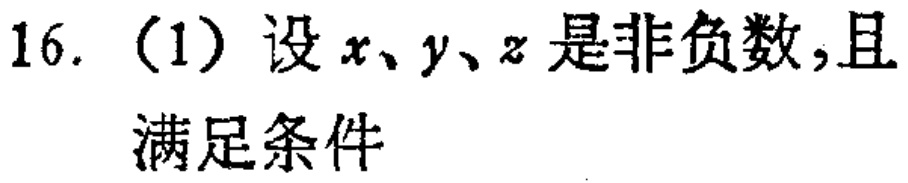
16. (1) 设\(x、y、z\)是非负数,且

满足条件